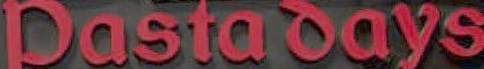
Dastadays